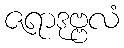
ဇရာဒုဗ္ဗလံ